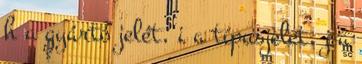
h a gyártó jelét, i a típusjelet, j a